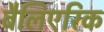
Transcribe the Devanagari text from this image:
बैलिएरिक